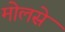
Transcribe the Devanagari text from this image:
मोलसे